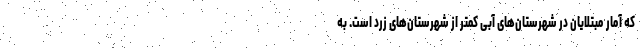
که آمار مبتلایان در شهرستان‌های آبی کمتر از شهرستان‌های زرد است. به